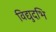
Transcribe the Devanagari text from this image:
विद्युदभि